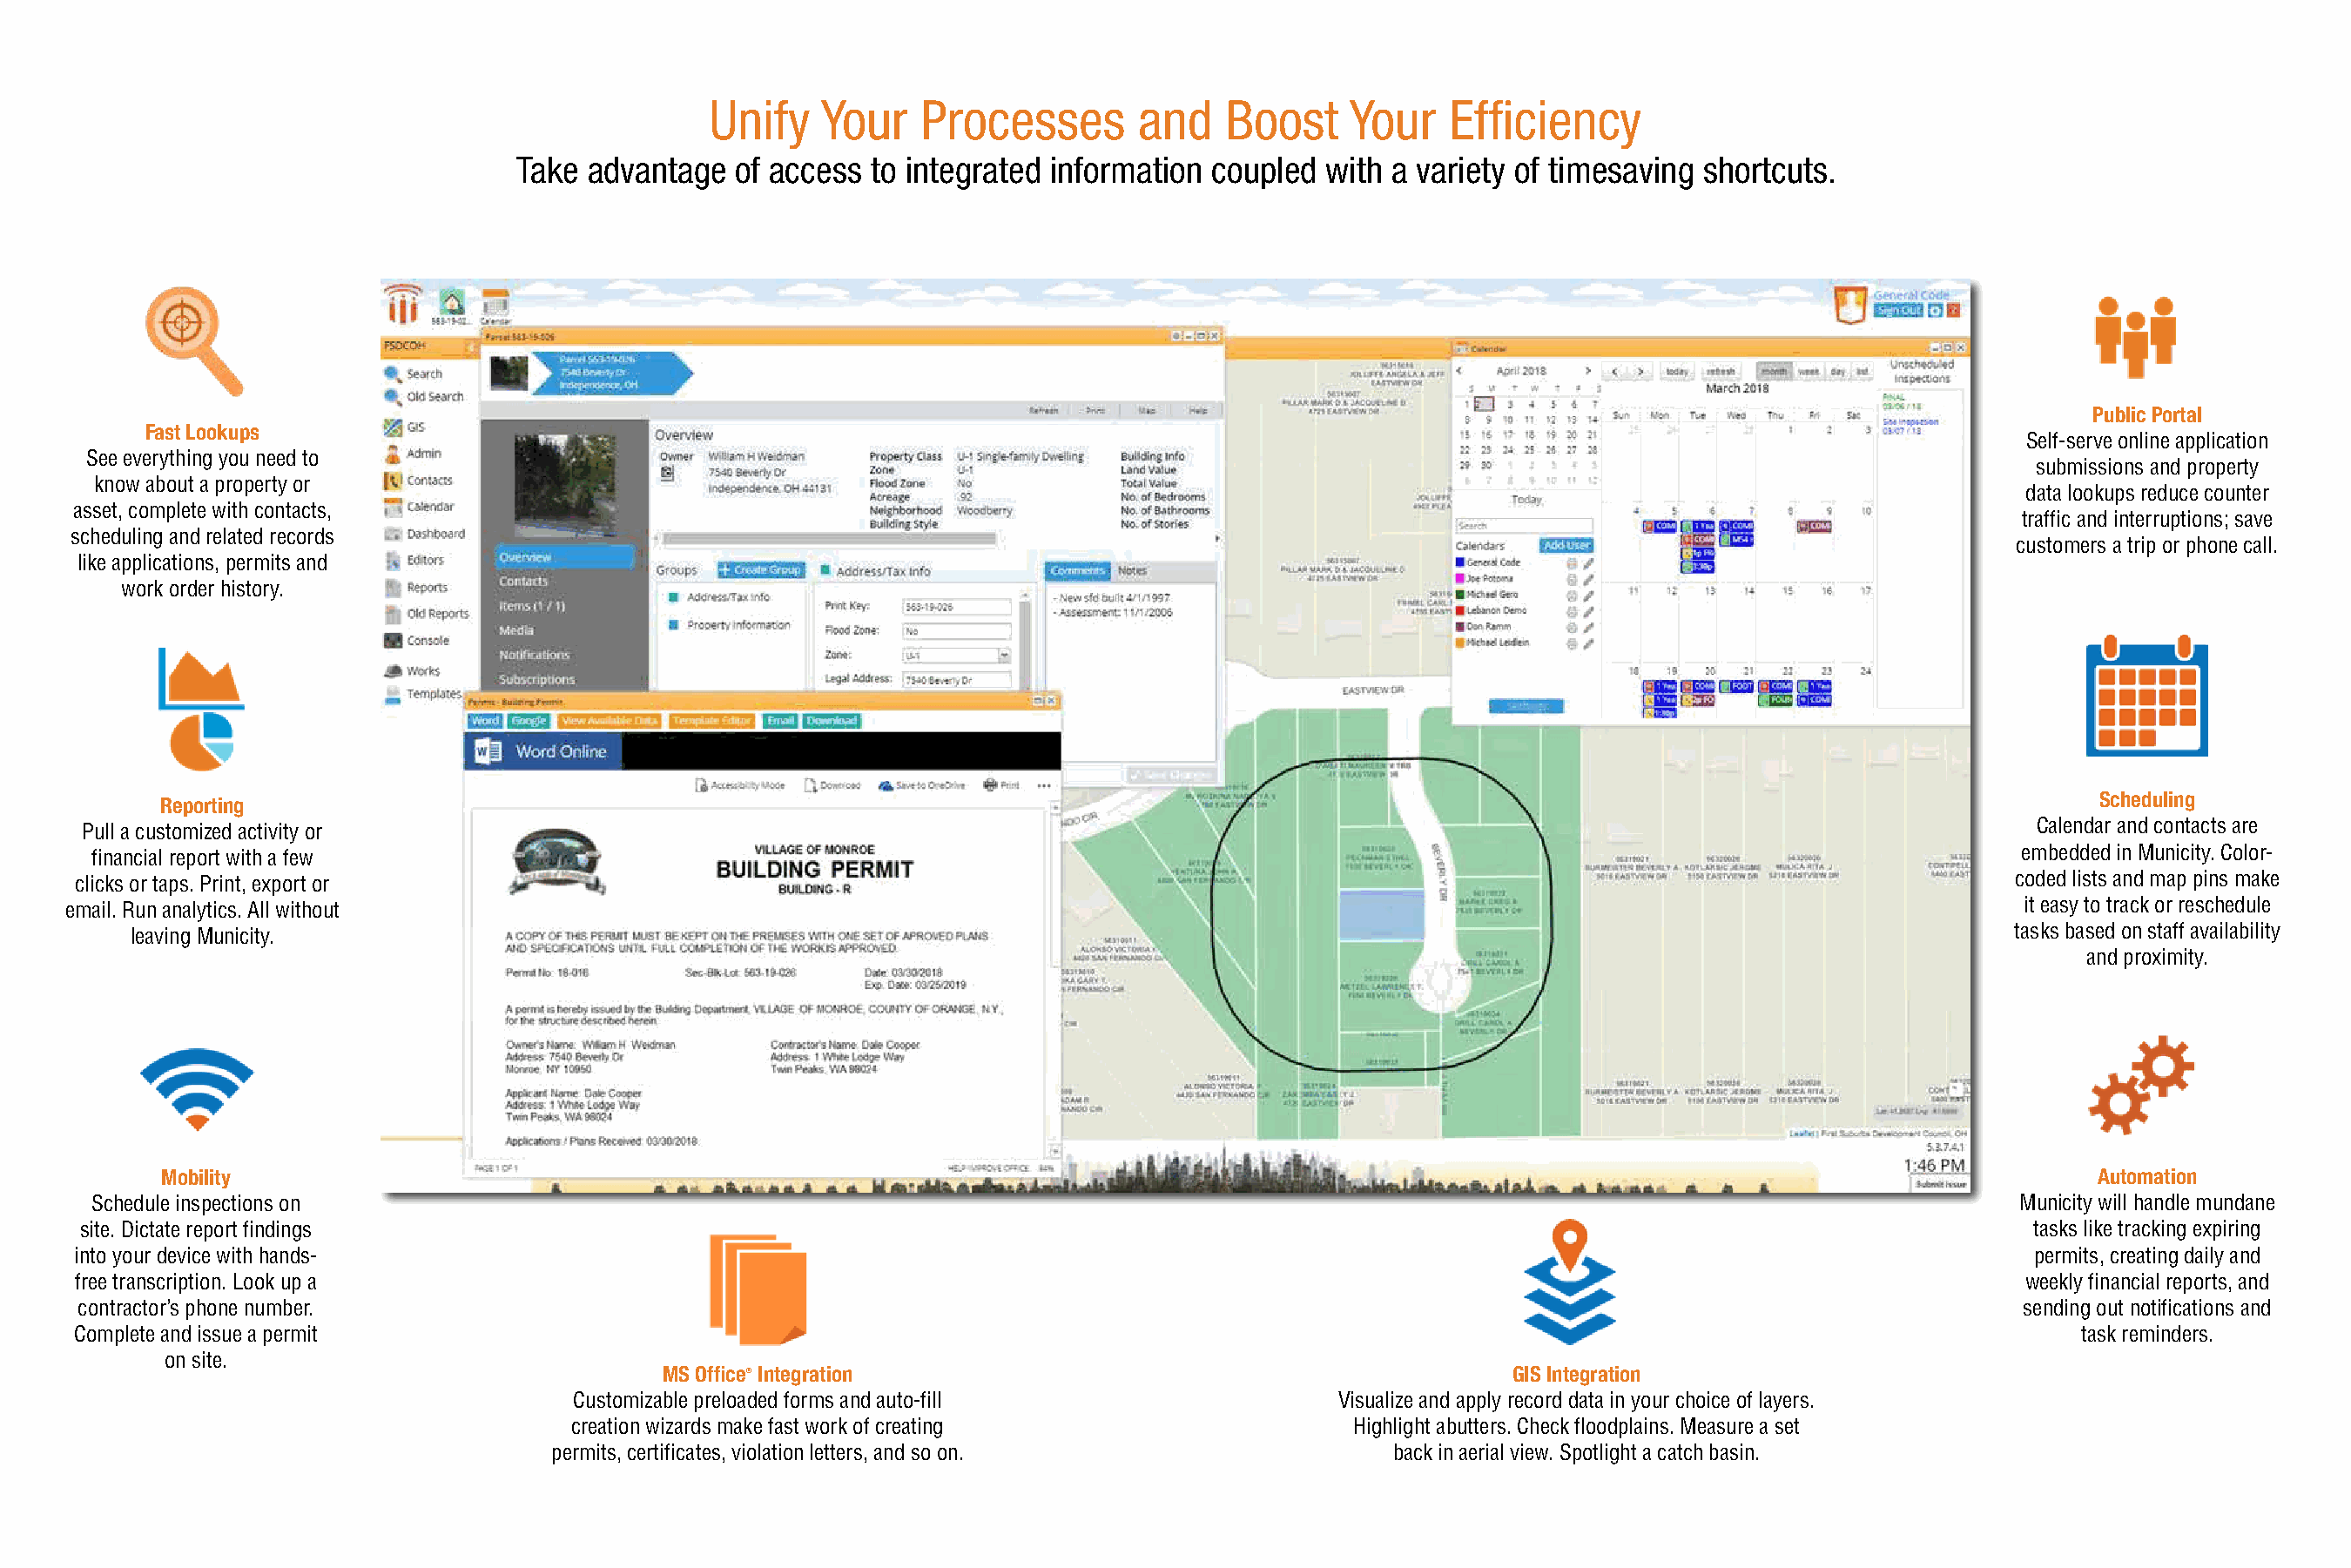
Unify   Your    Processes        and   Boost     Your   Efficiency
 Take  advantage  of access to integrated information coupled  with a variety of timesaving shortcuts.
 Public Portal
 Fast Lookups
 Self-serve online application
 See everything you need to
 submissions and property
 know about a property or
 data lookups reduce counter
 asset, complete with contacts,
 traffic and interruptions; save
 scheduling and related records
 customers a trip or phone call.
 like applications, permits and
 work order history.
 Scheduling
 Reporting
 Calendar and contacts are
 Pull a customized activity or
 embedded in Municity. Color-
 financial report with a few
 coded lists and map pins make
 clicks or taps. Print, export or
 it easy to track or reschedule
 email. Run analytics. All without
 tasks based on staff availability
 leaving Municity.
 and proximity.
 Mobility                                                                                                                                           Automation
 Schedule inspections on                                                                                                                            Municity will handle mundane
 site. Dictate report findings                                                                                                                        tasks like tracking expiring
 into your device with hands-                                                                                                                         permits, creating daily and
 free transcription. Look up a                                                                                                                       weekly financial reports, and
 contractor’s phone number.                                                                                                                          sending out notifications and
 Complete and issue a permit                                                                                                                             task reminders.
 on site.
 MS Office® Integration                                           GIS Integration
 Customizable preloaded forms and auto-fill                Visualize and apply record data in your choice of layers.
 creation wizards make fast work of creating                 Highlight abutters. Check floodplains. Measure a set
 permits, certificates, violation letters, and so on.            back in aerial view. Spotlight a catch basin.